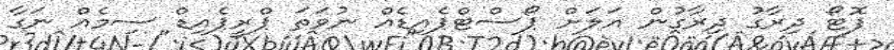
ފޮޓޯ ދިރާގު ދިރާގުން އަލަށް ޕޯސްޓްޕެއިޑެއް ނުވަތަ ޕްރީޕެއިޑް ސިމެއް ނަގާ